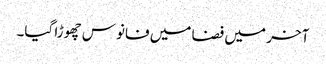
آخر میں فضا میں فانوس چھوڑا گیا۔